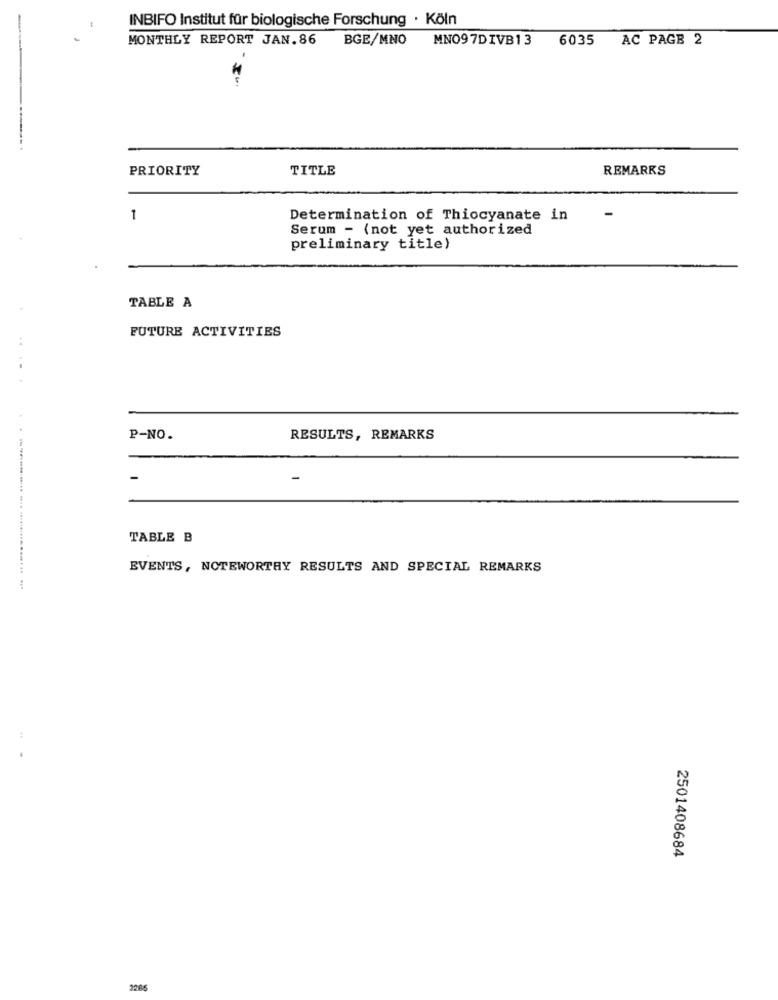
INBIFO Institut für biologische Forschung · Köln
MONTHLY REPORT JAN.86
BGE/MNO
MNO97DIVB13
6035
AC PAGE 2
PRIORITY
TITLE
REMARKS
1
Determination of Thiocyanate in
Serum - (not yet authorized
preliminary title)
TABLE A
FUTURE ACTIVITIES
.. .
P-NO.
RESULTS, REMARKS
-
TABLE B
EVENTS, NOTEWORTHY RESULTS AND SPECIAL REMARKS
2501408684
22:05